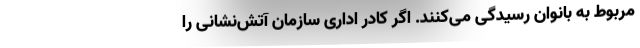
مربوط به بانوان رسیدگی می‌کنند. اگر کادر اداری سازمان آتش‌نشانی را